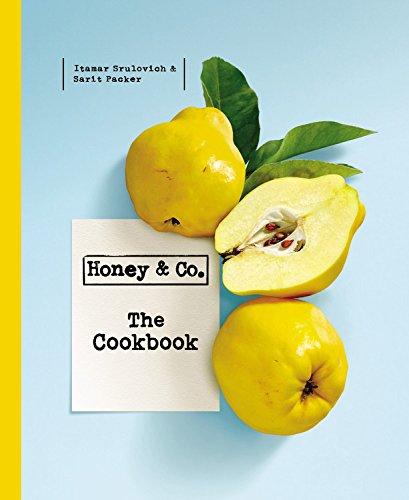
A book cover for Honey & Co.: The Cookbook; Itamar Srulovich; Cookbooks, Food & Wine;